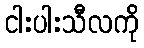
ငါးပါးသီလကို